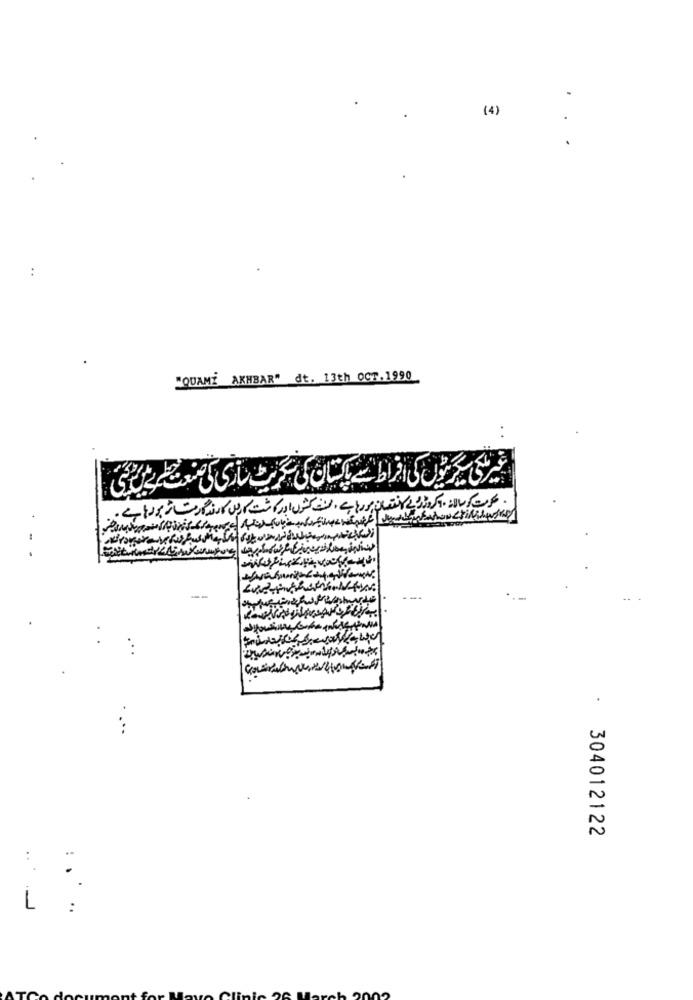
(4)
...
"QUAMY AKHBAR" dt. 13th OCT.1990
.
304012122
..
:
-